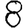
Digit: 8